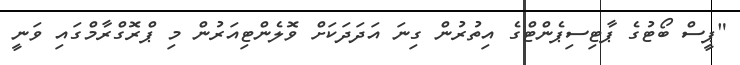
"ޕީސް ބޯޓުގެ ޕާޓިސިޕެންޓްގެ އިތުރުން ގިނަ އަދަދަކަށް ވޮލެންޓިއަރުން މި ޕްރޮގްރާމްގައި ވަނީ